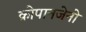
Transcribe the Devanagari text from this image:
क्रोपानजेनो